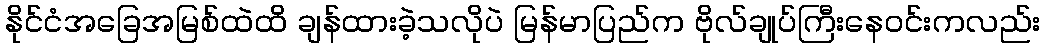
နိုင်ငံအခြေအမြစ်ထဲထိ ချန်ထားခဲ့သလိုပဲ မြန်မာပြည်က ဗိုလ်ချုပ်ကြီးနေဝင်းကလည်း